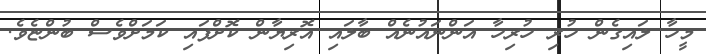
މީހާ ލައިގެން ހުރި ހުރިހާ އަންނައުނެއް ބާލައި އޮރިޔާން ކޮށްފައި ކަމަށްވެސް ބުންޏެވެ.